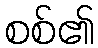
စစ်၏